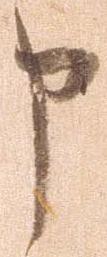
申